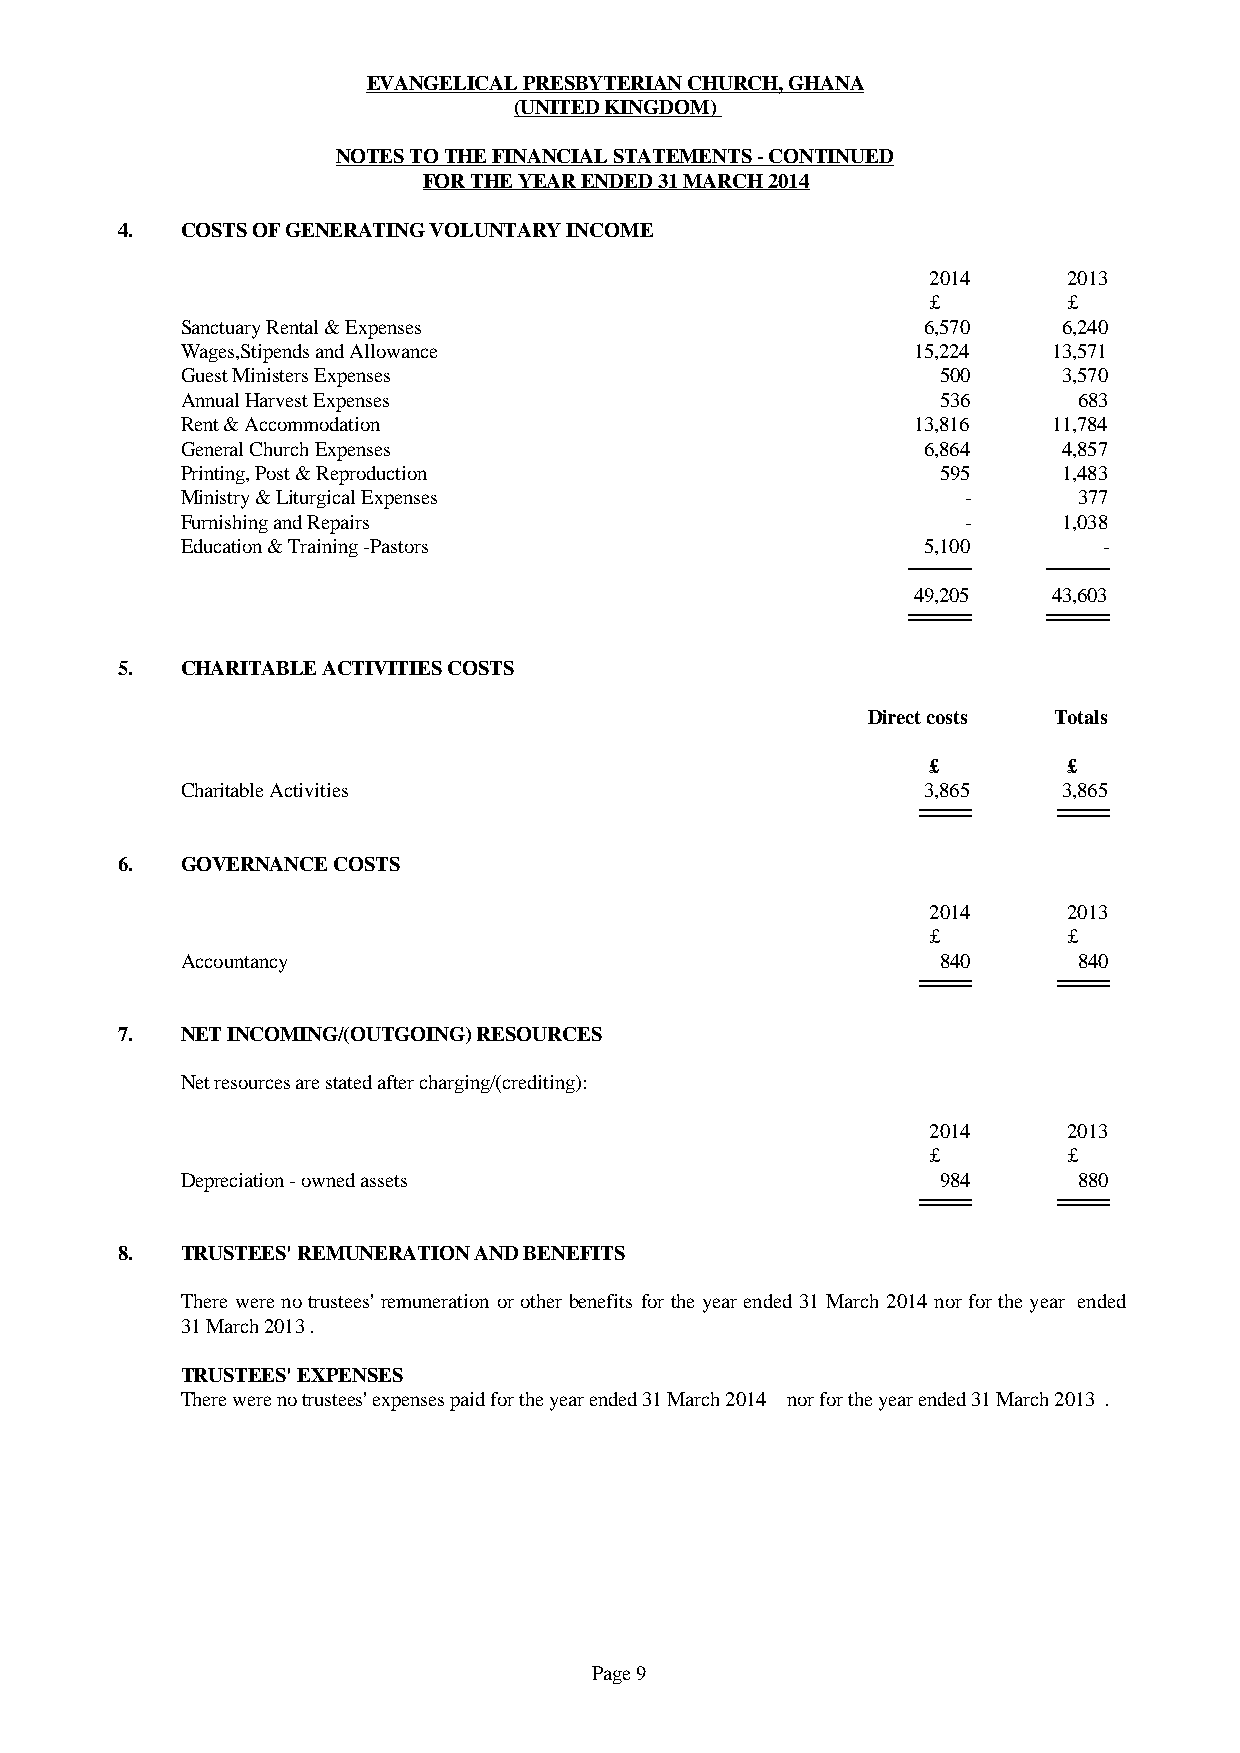
EVANGELICAL PRESBYTERIAN CHURCH, GHANA
 (UNITED KINGDOM)
 NOTES TO THE FINANCIAL STATEMENTS - CONTINUED
 FOR THE YEAR ENDED 31 MARCH 2014
 4.  COSTS OF GENERATING VOLUNTARY INCOME
 2014     2013
 £        £
 Sanctuary Rental & Expenses                      6,570    6,240
 Wages,Stipends and Allowance                    15,224    13,571
 Guest Ministers Expenses                          500     3,570
 Annual Harvest Expenses                           536      683
 Rent & Accommodation                            13,816    11,784
 General Church Expenses                          6,864    4,857
 Printing, Post & Reproduction                     595     1,483
 Ministry & Liturgical Expenses                      -      377
 Furnishing and Repairs                              -     1,038
 Education & Training -Pastors                    5,100       -
 49,205    43,603
 5.  CHARITABLE ACTIVITIES COSTS
 Direct costs Totals
 £        £
 Charitable Activities                            3,865    3,865
 6.  GOVERNANCE COSTS
 2014     2013
 £        £
 Accountancy                                       840      840
 7.  NET INCOMING/(OUTGOING) RESOURCES
 Net resources are stated after charging/(crediting):
 2014     2013
 £        £
 Depreciation - owned assets                       984      880
 8.  TRUSTEES' REMUNERATION AND BENEFITS
 There werenotrustees'remunerationorotherbenefitsfortheyearended31March2014 norfortheyear ended
 31 March 2013.
 TRUSTEES' EXPENSES
 There were no trustees' expenses paid for the year ended 31 March 2014 nor for the year ended 31 March 2013.
 Page 9